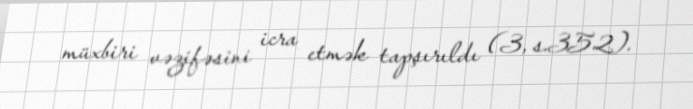
müxbiri vəzifəsini icra etmək tapşırıldı (3, s.352).